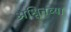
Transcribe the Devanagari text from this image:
अश्विनच्या